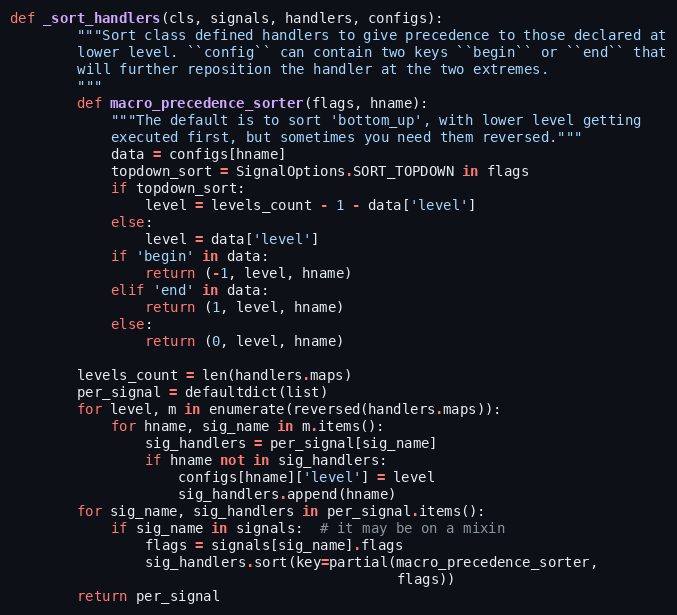
Language: Python
def _sort_handlers(cls, signals, handlers, configs):
        """Sort class defined handlers to give precedence to those declared at
        lower level. ``config`` can contain two keys ``begin`` or ``end`` that
        will further reposition the handler at the two extremes.
        """
        def macro_precedence_sorter(flags, hname):
            """The default is to sort 'bottom_up', with lower level getting
            executed first, but sometimes you need them reversed."""
            data = configs[hname]
            topdown_sort = SignalOptions.SORT_TOPDOWN in flags
            if topdown_sort:
                level = levels_count - 1 - data['level']
            else:
                level = data['level']
            if 'begin' in data:
                return (-1, level, hname)
            elif 'end' in data:
                return (1, level, hname)
            else:
                return (0, level, hname)

        levels_count = len(handlers.maps)
        per_signal = defaultdict(list)
        for level, m in enumerate(reversed(handlers.maps)):
            for hname, sig_name in m.items():
                sig_handlers = per_signal[sig_name]
                if hname not in sig_handlers:
                    configs[hname]['level'] = level
                    sig_handlers.append(hname)
        for sig_name, sig_handlers in per_signal.items():
            if sig_name in signals:  # it may be on a mixin
                flags = signals[sig_name].flags
                sig_handlers.sort(key=partial(macro_precedence_sorter,
                                              flags))
        return per_signal